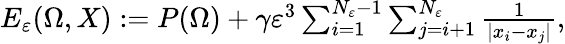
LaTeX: \begin{array}{r}{E_{\varepsilon}(\Omega,X):=P(\Omega)+\gamma\varepsilon^{3}\sum_{i=1}^{N_{\varepsilon}-1}\sum_{j=i+1}^{N_{\varepsilon}}{\frac{1}{|x_{i}-x_{j}|}},}\end{array}